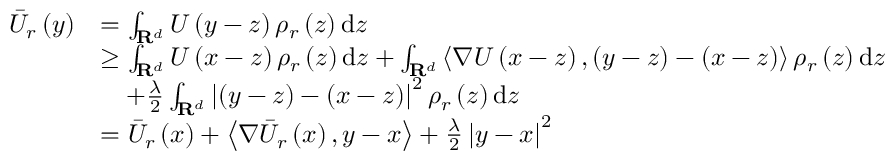
\begin{array} { r l } { \Bar { U } _ { r } \left( y \right) } & { = \int _ { \mathbf { R } ^ { d } } U \left( y - z \right) \rho _ { r } \left( z \right) \mathrm { d } z } \\ & { \ge \int _ { \mathbf { R } ^ { d } } U \left( x - z \right) \rho _ { r } \left( z \right) \mathrm { d } z + \int _ { \mathbf { R } ^ { d } } \left\langle \nabla U \left( x - z \right) , ( y - z ) - ( x - z ) \right\rangle \rho _ { r } \left( z \right) \mathrm { d } z } \\ & { \quad + \frac { \lambda } { 2 } \int _ { \mathbf { R } ^ { d } } \left| ( y - z ) - ( x - z ) \right| ^ { 2 } \rho _ { r } \left( z \right) \mathrm { d } z } \\ & { = \Bar { U } _ { r } \left( x \right) + \left\langle \nabla \Bar { U } _ { r } \left( x \right) , y - x \right\rangle + \frac { \lambda } { 2 } \left| y - x \right| ^ { 2 } } \end{array}